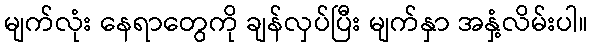
မျက်လုံး နေရာတွေကို ချန်လှပ်ပြီး မျက်နှာ အနှံ့လိမ်းပါ။